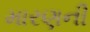
મારણની